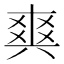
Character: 𤕤